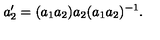
a _ { 2 } ^ { \prime } = ( a _ { 1 } a _ { 2 } ) a _ { 2 } ( a _ { 1 } a _ { 2 } ) ^ { - 1 } .